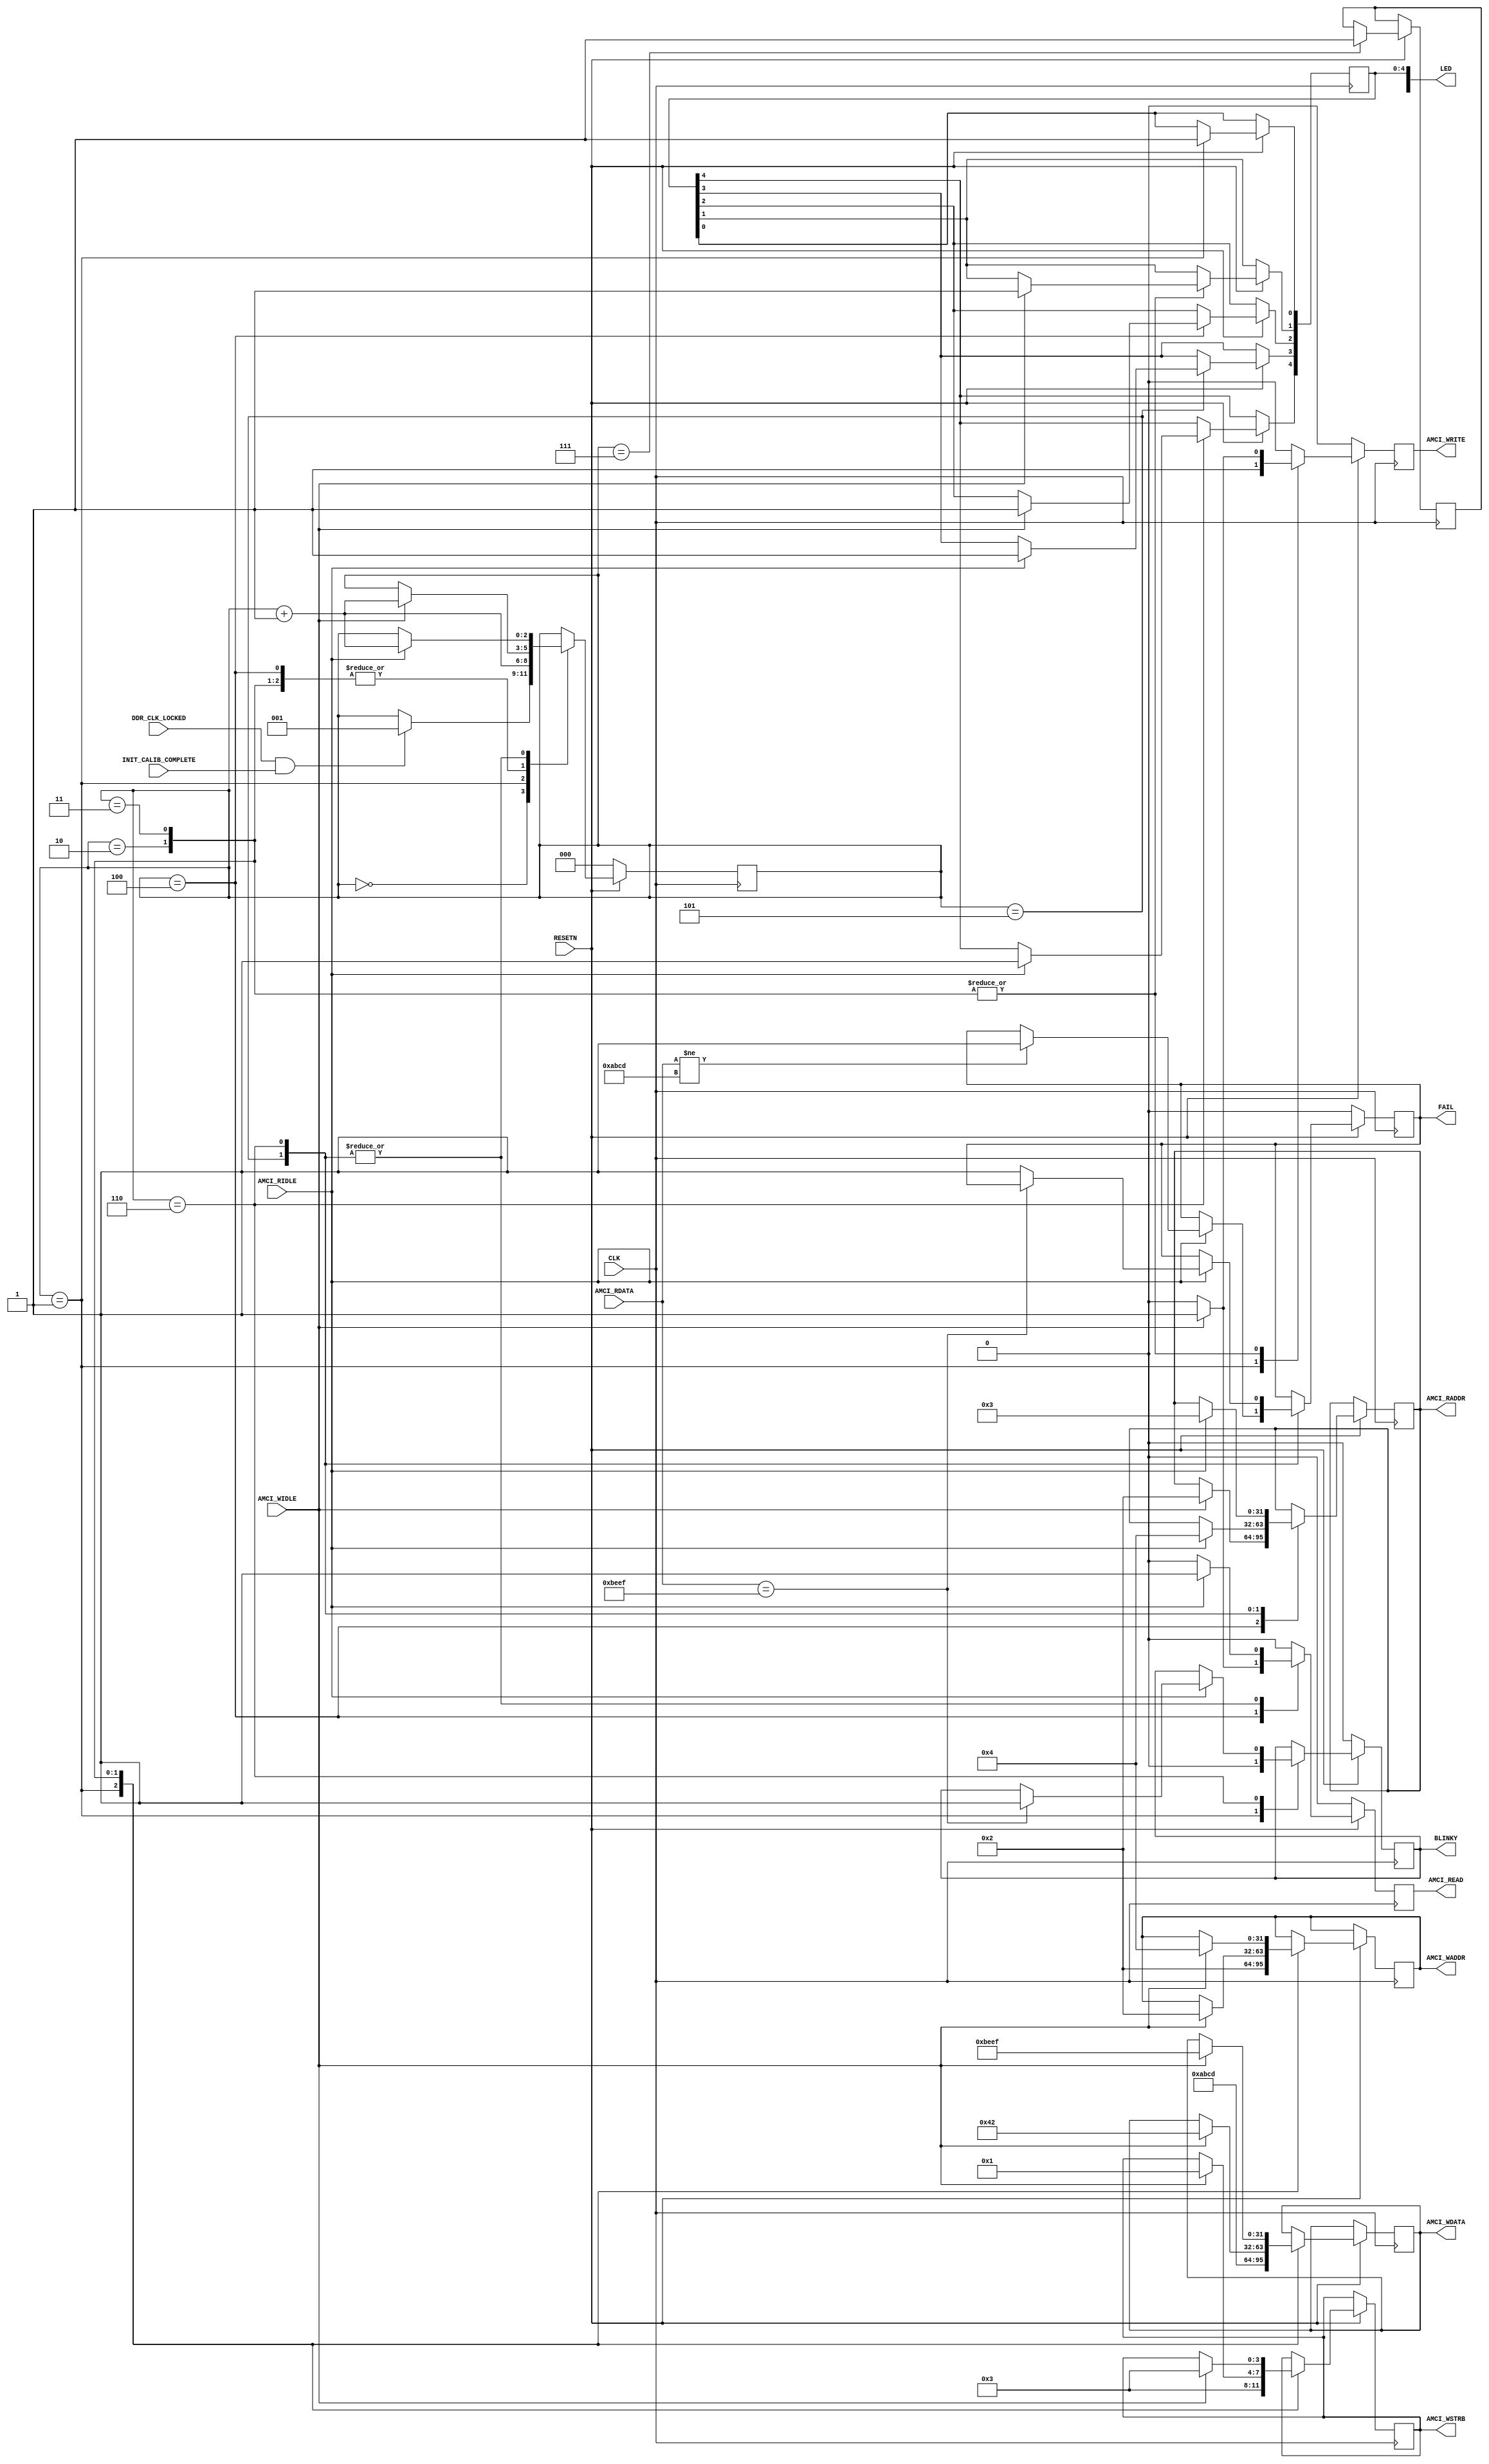
`timescale 1ns / 1ps
//////////////////////////////////////////////////////////////////////////////////
// 
//////////////////////////////////////////////////////////////////////////////////


module controller#
(
    parameter integer AXI_DATA_WIDTH = 32,
    parameter integer AXI_ADDR_WIDTH = 32
)
(
    
    //==================== The user interface for writing ======================
    
    output wire [AXI_ADDR_WIDTH-1:0]   AMCI_WADDR,
    output wire [AXI_DATA_WIDTH-1:0]   AMCI_WDATA,
    output wire [AXI_DATA_WIDTH/8-1:0] AMCI_WSTRB,
    output wire                        AMCI_WRITE,
    input  wire                        AMCI_WIDLE,
    //==========================================================================
    
    //====================== The user interface for reading ====================
    output wire [AXI_ADDR_WIDTH-1:0]   AMCI_RADDR,
    input  wire [AXI_DATA_WIDTH-1:0]   AMCI_RDATA,
    output wire                        AMCI_READ,
    input  wire                        AMCI_RIDLE,
    //==========================================================================

    output[15:0] LED,
    output BLINKY, FAIL,

    input wire DDR_CLK_LOCKED, INIT_CALIB_COMPLETE,
    input wire CLK, RESETN
);


    localparam AXI_DATA_BYTES = AXI_DATA_WIDTH/8;
    localparam AXI_ALL_LANES  = (1 << AXI_DATA_BYTES) - 1;


    reg [AXI_ADDR_WIDTH-1:0] amci_waddr; assign AMCI_WADDR = amci_waddr;
    reg [AXI_DATA_WIDTH-1:0] amci_wdata; assign AMCI_WDATA = amci_wdata;
    reg [AXI_DATA_BYTES-1:0] amci_wstrb; assign AMCI_WSTRB = amci_wstrb;
    reg                      amci_write; assign AMCI_WRITE = amci_write;
    reg [AXI_ADDR_WIDTH-1:0] amci_raddr; assign AMCI_RADDR = amci_raddr;
    reg                      amci_read ; assign AMCI_READ  = amci_read;



    reg[15:0] led; assign LED = led;
    reg blinky; assign BLINKY = blinky;
    reg fail; assign FAIL = fail;

    reg[2:0] state;

    reg[31:0] counter;

    always @(posedge CLK) begin
        amci_write <= 0;
        amci_read  <= 0;
        if (RESETN == 0) begin
            state   <= 0;
            counter <= 0;
            blinky  <= 0;
            fail    <= 0;
        end else case(state)

        0:  if (DDR_CLK_LOCKED && INIT_CALIB_COMPLETE) state <=1;

        1:  begin
                led[0] <= 1;
                blinky <= 0;
                amci_waddr <= 2;
                amci_wstrb <= 3;
                amci_wdata <= 16'habcd;
                amci_write <= 1;
                state      <= state + 1;           
            end

        2:  if (AMCI_WIDLE) begin
                led[1] <= 1;
                amci_waddr <= 2;
                amci_wdata <= 16'h0042;
                amci_wstrb <= 1;
                amci_write <= 1;
                state      <= state + 1;
            end 


        3:  if (AMCI_WIDLE) begin
                led[1] <= 1;
                amci_waddr <= 4;
                amci_wdata <= 16'hBEEF;
                amci_wstrb <= 3;
                amci_write <= 1;
                state      <= state + 1;
            end 
        
        4:  if (AMCI_WIDLE) begin
                led[2] <= 1;
                amci_raddr <= 2;
                amci_read  <= 1;
                state      <= state + 1;
            end

        5:  if (AMCI_RIDLE) begin
                led[3] <= 1;
                if (AMCI_RDATA != 16'habcd) fail <= 1;
                begin
                    amci_raddr <= 4;
                    amci_read  <= 1;
                    state      <= state + 1;
                end
            end

        6:  if (AMCI_RIDLE) begin
                led[4] <= 1;
                if (AMCI_RDATA == 16'hBEEF)
                    blinky <= 1;
                else
                    fail   <= 1;
                amci_raddr <= 3;
                amci_read  <= 1;
                state      <= state + 1;
            end

        7:  led[15] <= 1;


        endcase
    end



endmodule